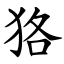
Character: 狢